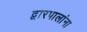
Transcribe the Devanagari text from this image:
द्वारपालांना